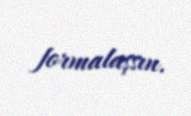
formalaşsın.